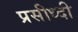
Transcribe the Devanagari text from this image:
प्रसीध्दी